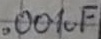
Text: 001µF